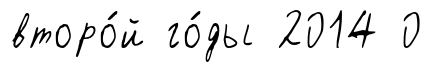
второ́й го́ды 2014 0